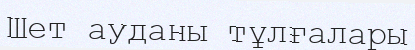
Шет ауданы тұлғалары